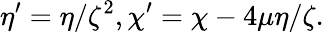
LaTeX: \eta^{\prime}=\eta/\zeta^{2},\chi^{\prime}=\chi-4\mu\eta/\zeta.